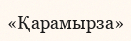
«Қарамырза»